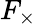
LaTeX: F_{\times}